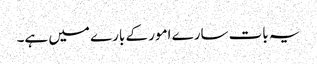
یہ بات سارے امور کے بارے میں ہے۔